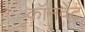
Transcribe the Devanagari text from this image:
कॉनवेंट